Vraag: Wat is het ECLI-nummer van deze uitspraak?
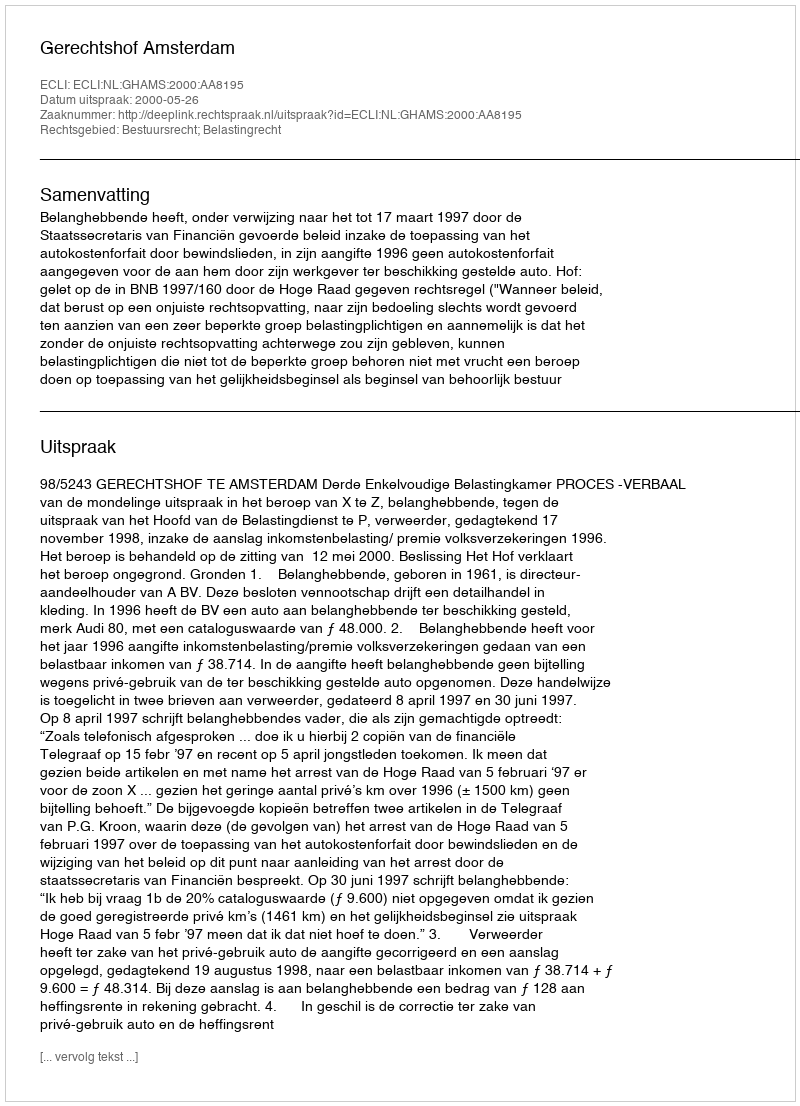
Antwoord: ECLI:NL:GHAMS:2000:AA8195